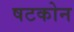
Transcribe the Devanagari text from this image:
षटकोन